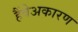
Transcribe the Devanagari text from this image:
हैंवेअकारण